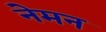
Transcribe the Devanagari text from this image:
नेमन